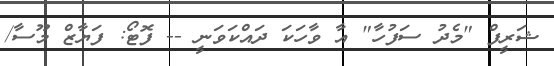
ޝަރީފް "މެދު ސަފުހާ" އާ ވާހަކަ ދައްކަވަނީ -- ފޮޓޯ: ފަޔާޒް މޫސާ/